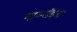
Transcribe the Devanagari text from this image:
गाय्नॉइड